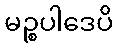
မဉ္စပါဒေပိ